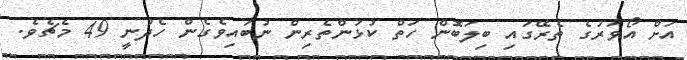
އަށް އޯވަރުގެ ތެރޭގައި ބިލަބޮން ހަތް ކުޅުންތެރިން ނުބައިވެގެން ހެދުނީ 49 މެޗެވެ.